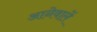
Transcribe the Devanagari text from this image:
आनेवालें